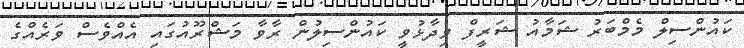
ކައުންސިލް މެމްބަރު ޝަމާއު ޝަރީފް ވިދާޅުވީ ކައުންސިލުން ރާވާ މަޝްރޫއުގައި އެއްވެސް ވަރެއްގެ